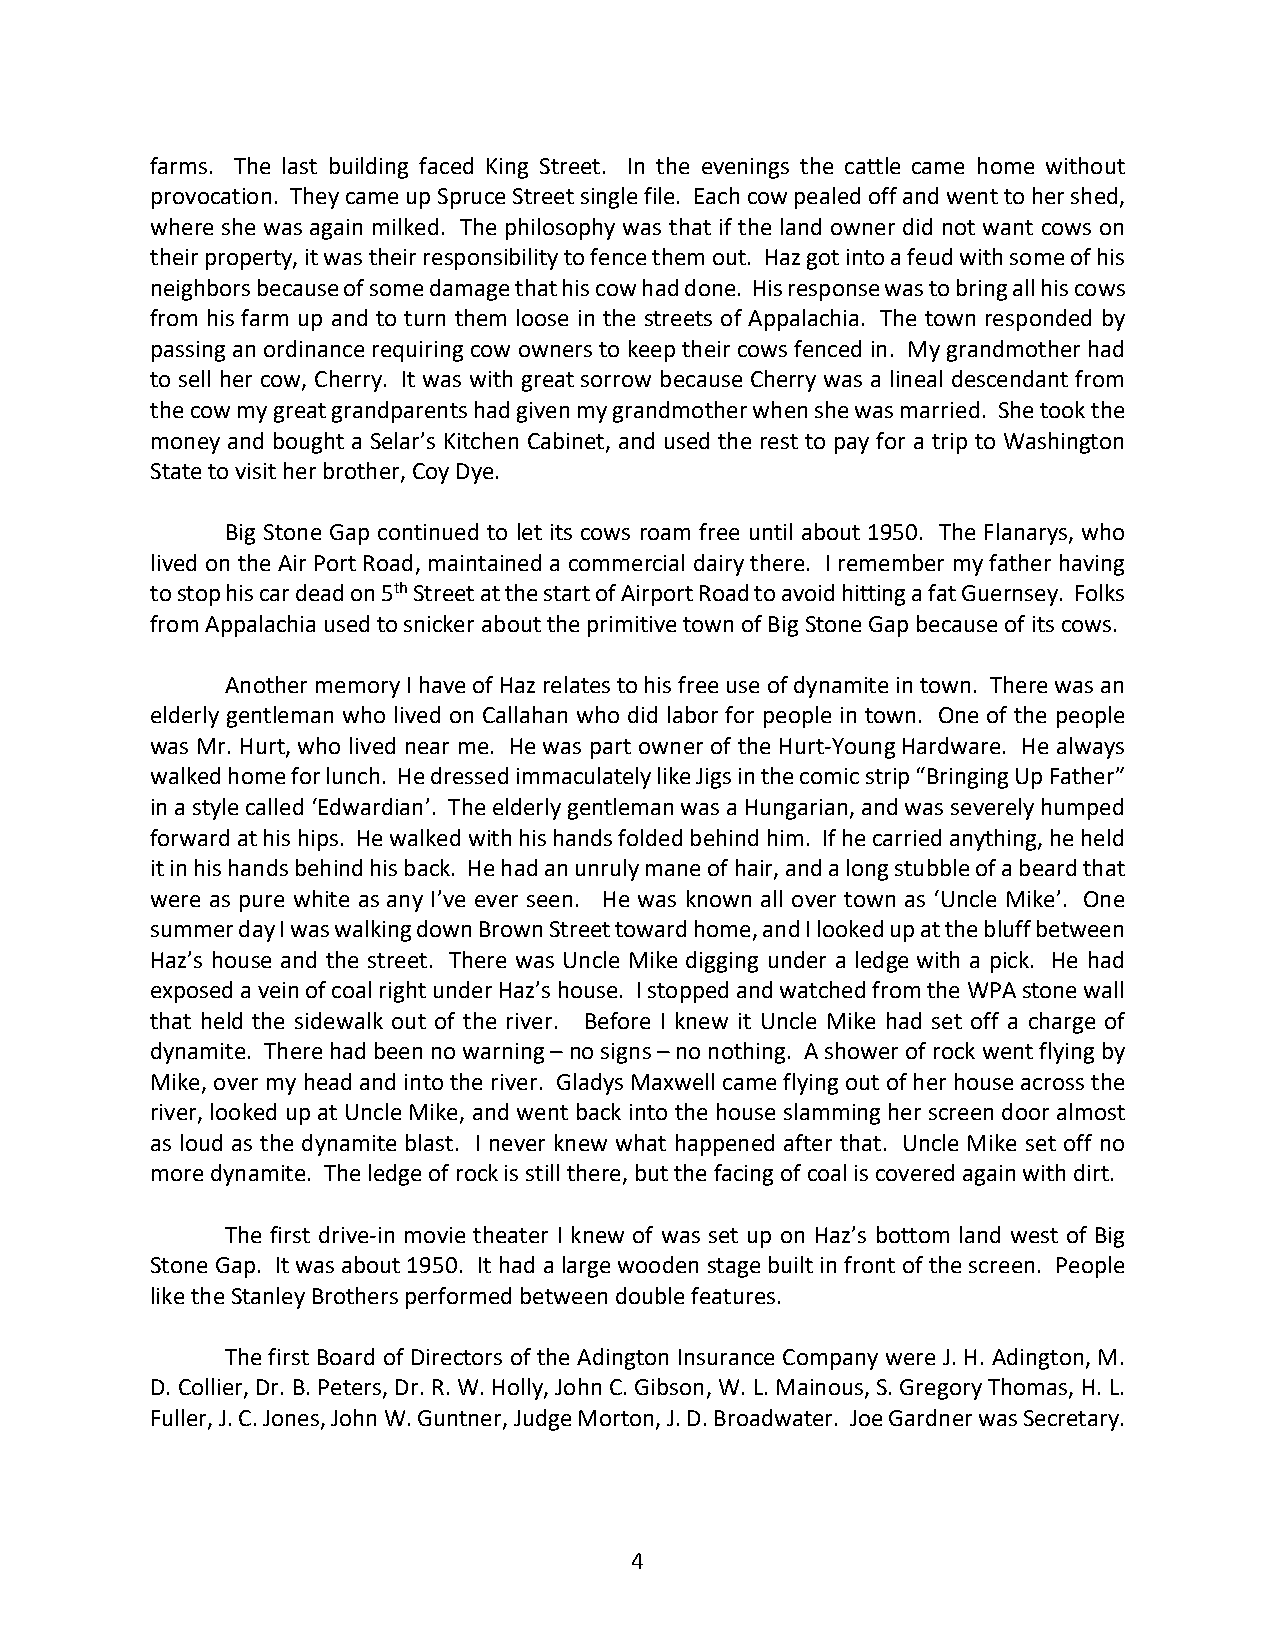
farms. The last building faced King Street. In the evenings the cattle came home without
 provocation. They came up Spruce Street single file. Each cow pealed off and went to her shed,
 where she was again milked. The philosophy was that if the land owner did not want cows on
 their property, it was their responsibility to fence them out. Haz got into a feud with some of his
 neighbors because of some damage that his cow had done. His response was to bring all his cows
 from his farm up and to turn them loose in the streets of Appalachia. The town responded by
 passing an ordinance requiring cow owners to keep their cows fenced in. My grandmother had
 to sell her cow, Cherry. It was with great sorrow because Cherry was a lineal descendant from
 the cow my great grandparents had given my grandmother when she was married. She took the
 money and bought a Selar’s Kitchen Cabinet, and used the rest to pay for a trip to Washington
 State to visit her brother, Coy Dye.
 Big Stone Gap continued to let its cows roam free until about 1950. The Flanarys, who
 lived on the Air Port Road, maintained a commercial dairy there. I remember my father having
 to stop his car dead on 5th Street at the start of Airport Road to avoid hitting a fat Guernsey. Folks
 from Appalachia used to snicker about the primitive town of Big Stone Gap because of its cows.
 Another memory I have of Haz relates to his free use of dynamite in town. There was an
 elderly gentleman who lived on Callahan who did labor for people in town. One of the people
 was Mr. Hurt, who lived near me. He was part owner of the Hurt-Young Hardware. He always
 walked home for lunch. He dressed immaculately like Jigs in the comic strip “Bringing Up Father”
 in a style called ‘Edwardian’. The elderly gentleman was a Hungarian, and was severely humped
 forward at his hips. He walked with his hands folded behind him. If he carried anything, he held
 it in his hands behind his back. He had an unruly mane of hair, and a long stubble of a beard that
 were as pure white as any I’ve ever seen. He was known all over town as ‘Uncle Mike’. One
 summer day I was walking down Brown Street toward home, and I looked up at the bluff between
 Haz’s house and the street. There was Uncle Mike digging under a ledge with a pick. He had
 exposed a vein of coal right under Haz’s house. I stopped and watched from the WPA stone wall
 that held the sidewalk out of the river. Before I knew it Uncle Mike had set off a charge of
 dynamite. There had been no warning – no signs – no nothing. A shower of rock went flying by
 Mike, over my head and into the river. Gladys Maxwell came flying out of her house across the
 river, looked up at Uncle Mike, and went back into the house slamming her screen door almost
 as loud as the dynamite blast. I never knew what happened after that. Uncle Mike set off no
 more dynamite. The ledge of rock is still there, but the facing of coal is covered again with dirt.
 The first drive-in movie theater I knew of was set up on Haz’s bottom land west of Big
 Stone Gap. It was about 1950. It had a large wooden stage built in front of the screen. People
 like the Stanley Brothers performed between double features.
 The first Board of Directors of the Adington Insurance Company were J. H. Adington, M.
 D. Collier, Dr. B. Peters, Dr. R. W. Holly, John C. Gibson, W. L. Mainous, S. Gregory Thomas, H. L.
 Fuller, J. C. Jones, John W. Guntner, Judge Morton, J. D. Broadwater. Joe Gardner was Secretary.
 4